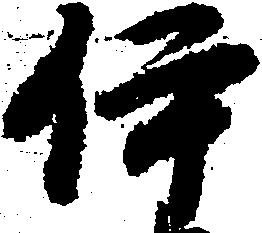
伊